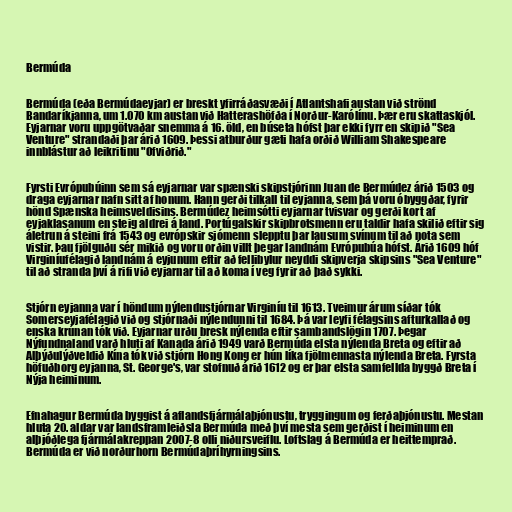
Bermúda

Bermúda (eða Bermúdaeyjar) er breskt yfirráðasvæði í Atlantshafi austan við strönd
Bandaríkjanna, um 1.070 km austan við Hatterashöfða í Norður-Karólínu. Þær eru skattaskjól.
Eyjarnar voru uppgötvaðar snemma á 16. öld, en búseta hófst þar ekki fyrr en skipið "Sea
Venture" strandaði þar árið 1609. Þessi atburður gæti hafa orðið William Shakespeare
innblástur að leikritinu "Ofviðrið."

Fyrsti Evrópubúinn sem sá eyjarnar var spænski skipstjórinn Juan de Bermúdez árið 1503 og
draga eyjarnar nafn sitt af honum. Hann gerði tilkall til eyjanna, sem þá voru óbyggðar, fyrir
hönd Spænska heimsveldisins. Bermúdez heimsótti eyjarnar tvisvar og gerði kort af
eyjaklasanum en steig aldrei á land. Portúgalskir skipbrotsmenn eru taldir hafa skilið eftir sig
áletrun á steini frá 1543 og evrópskir sjómenn slepptu þar lausum svínum til að nota sem
vistir. Þau fjölguðu sér mikið og voru orðin villt þegar landnám Evrópubúa hófst. Árið 1609 hóf
Virginíufélagið landnám á eyjunum eftir að fellibylur neyddi skipverja skipsins "Sea Venture"
til að stranda því á rifi við eyjarnar til að koma í veg fyrir að það sykki.

Stjórn eyjanna var í höndum nýlendustjórnar Virginíu til 1613. Tveimur árum síðar tók
Somerseyjafélagið við og stjórnaði nýlendunni til 1684. Þá var leyfi félagsins afturkallað og
enska krúnan tók við. Eyjarnar urðu bresk nýlenda eftir sambandslögin 1707. Þegar
Nýfundnaland varð hluti af Kanada árið 1949 varð Bermúda elsta nýlenda Breta og eftir að
Alþýðulýðveldið Kína tók við stjórn Hong Kong er hún líka fjölmennasta nýlenda Breta. Fyrsta
höfuðborg eyjanna, St. George's, var stofnuð árið 1612 og er þar elsta samfellda byggð Breta í
Nýja heiminum.

Efnahagur Bermúda byggist á aflandsfjármálaþjónustu, tryggingum og ferðaþjónustu. Mestan
hluta 20. aldar var landsframleiðsla Bermúda með því mesta sem gerðist í heiminum en
alþjóðlega fjármálakreppan 2007-8 olli niðursveiflu. Loftslag á Bermúda er heittemprað.
Bermúda er við norðurhorn Bermúdaþríhyrningsins.